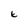
Character: k